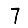
Digit: 7